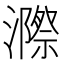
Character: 𭳋